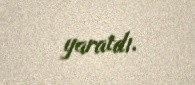
yaratdı.